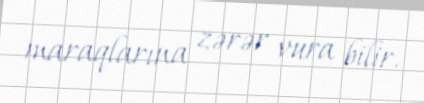
maraqlarına zərər vura bilir.